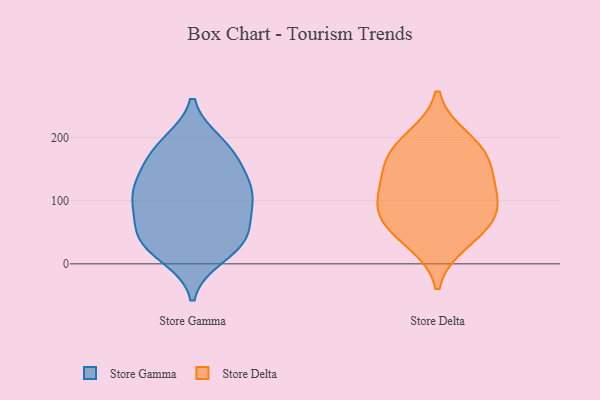
{"axis": {"x": "Backlog", "y": "Value"}, "legend": ["Store Delta", "Store Gamma"], "data": [{"x": "", "y": 30, "type": "Store Gamma"}, {"x": "", "y": 13, "type": "Store Gamma"}, {"x": "", "y": 42, "type": "Store Gamma"}, {"x": "", "y": 107, "type": "Store Gamma"}, {"x": "", "y": 31, "type": "Store Gamma"}, {"x": "", "y": 55, "type": "Store Gamma"}, {"x": "", "y": 190, "type": "Store Gamma"}, {"x": "", "y": 156, "type": "Store Gamma"}, {"x": "", "y": 109, "type": "Store Gamma"}, {"x": "", "y": 118, "type": "Store Gamma"}, {"x": "", "y": 52, "type": "Store Gamma"}, {"x": "", "y": 175, "type": "Store Gamma"}, {"x": "", "y": 185, "type": "Store Gamma"}, {"x": "", "y": 99, "type": "Store Gamma"}, {"x": "", "y": 138, "type": "Store Gamma"}, {"x": "", "y": 97, "type": "Store Gamma"}, {"x": "", "y": 176, "type": "Store Delta"}, {"x": "", "y": 93, "type": "Store Delta"}, {"x": "", "y": 94, "type": "Store Delta"}, {"x": "", "y": 199, "type": "Store Delta"}, {"x": "", "y": 139, "type": "Store Delta"}, {"x": "", "y": 172, "type": "Store Delta"}, {"x": "", "y": 57, "type": "Store Delta"}, {"x": "", "y": 34, "type": "Store Delta"}, {"x": "", "y": 72, "type": "Store Delta"}, {"x": "", "y": 127, "type": "Store Delta"}]}